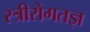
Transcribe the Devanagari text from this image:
स्त्रीरोगतज्ञ